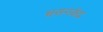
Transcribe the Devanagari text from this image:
श्वसनकेंद्र